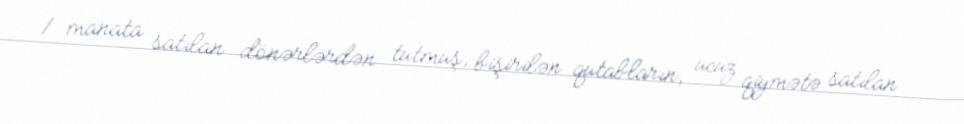
1 manata satılan dönərlərdən tutmuş, bişirilən qutabların, ucuz qiymətə satılan